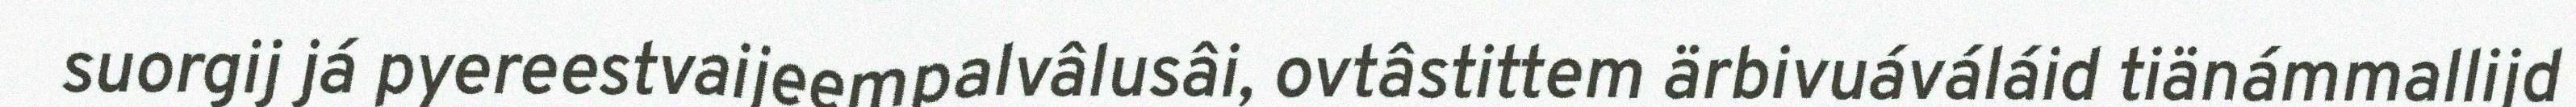
suorgij já pyereestvaijeempalvâlusâi, ovtâstittem ärbivuáváláid tiänámmallijd